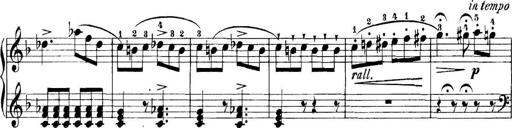
Title: 11 Sonatinas
Composer: Anton Diabelli